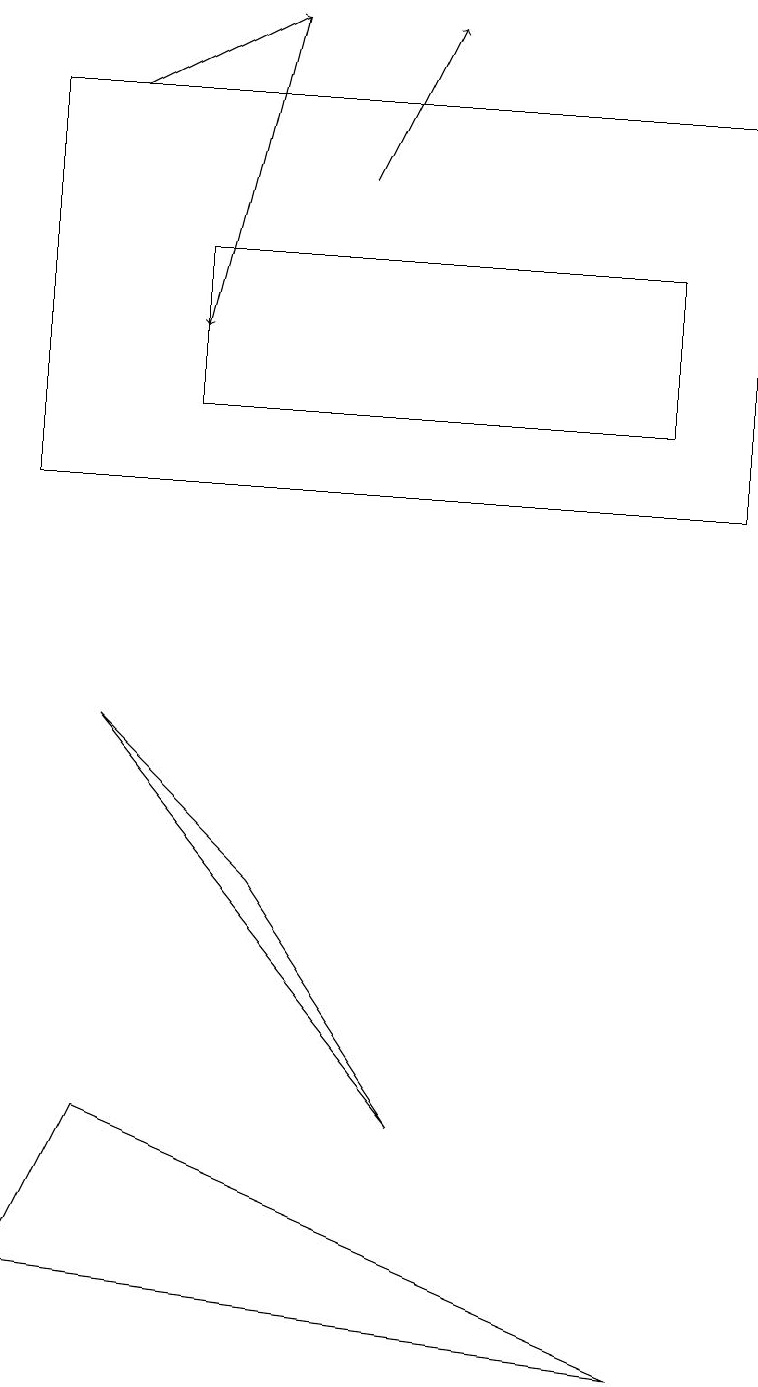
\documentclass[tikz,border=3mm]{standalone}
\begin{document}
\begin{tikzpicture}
\draw (0,17) rectangle (9,12);
\draw (3,7) -- (1,9) -- (5,4) -- cycle;
\draw[->] (1,17) -- (3,18);
\draw (8,13) rectangle (2,15);
\draw (0,2) -- (8,1) -- (1,4) -- cycle;
\draw[->] (3,18) -- (2,14);
\draw[->] (4,16) -- (5,18);
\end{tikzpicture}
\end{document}